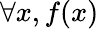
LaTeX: \forall x,f(x)